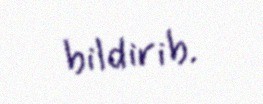
bildirib.